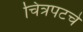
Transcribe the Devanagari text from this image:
चित्रपटचे